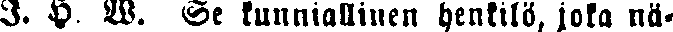
I. H. W. Se kunniallinen henkilö, joka nä-